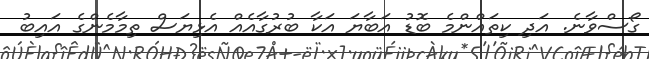
ގޯސްވާނެ. އަދި ކިތައްންމެ ބޮޑު އަބާޔަ އަކާ ބުރުގާއެއް އެޅިޔަސް ތިމާމެންގެ އައިބު